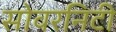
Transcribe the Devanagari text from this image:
सोवरनिटी